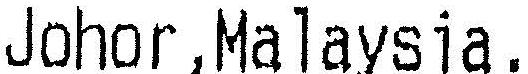
JOHOR,MALAYSIA.